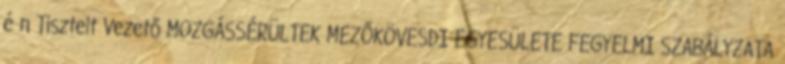
é n Tisztelt Vezető MOZGÁSSÉRÜLTEK MEZŐKÖVESDI EGYESÜLETE FEGYELMI SZABÁLYZATA